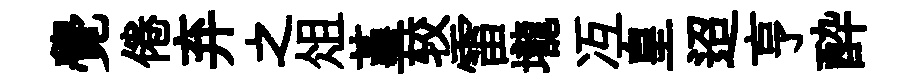
覺倦弃之俎堇较雷壠冱皇迢亨酔